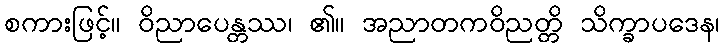
စကားဖြင့်။ ဝိညာပေန္တဿ၊ ၏။ အညာတကဝိညတ္တိ သိက္ခာပဒေန၊